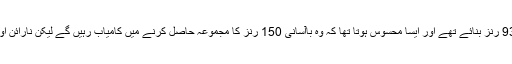
ملتان سلطانز نے ایک موقع پر 13 اوورز میں دو وکٹوں کے نقصان پر 93 رنز بنائے تھے اور ایسا محسوس ہوتا تھا کہ وہ باآسانی 150 رنز کا مجموعہ حاصل کرنے میں کامیاب رہیں گے لیکن نارائن اور شاہین آفریدی کے شاندار اسپیل نے سلطانز کی امیدوں پر پانی پھیر دیا۔